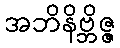
အဘိနိဗ္ဘိဇ္ဇ